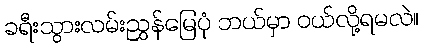
ခရီးသွားလမ်းညွှန်မြေပုံ ဘယ်မှာ ဝယ်လို့ရမလဲ။